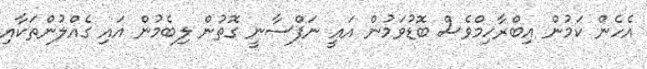
އެހެން ކަމުން އިބްރާހިމްވެސް ބޮޑުވަމުން އައީ ނަފްސާނީ ގޮތުން ލިބެމުން އައި ގެއްލުންތަކާއި